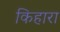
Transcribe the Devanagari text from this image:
किहारा